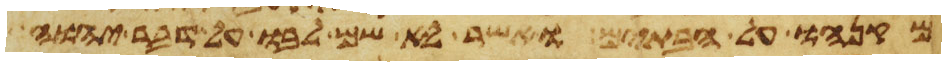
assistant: מקנהו אל הבתים ואשר לא שם לבו על דבר יהוה